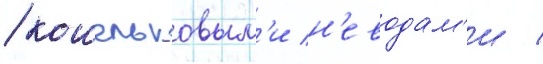
/ кошельковым'и н'еводам'и /